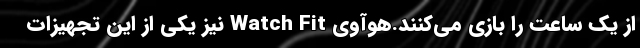
از یک ساعت را بازی می‌کنند.هوآوی Watch Fit نیز یکی از این تجهیزات